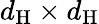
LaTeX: d_{\mathrm{H}}\times d_{\mathrm{H}}